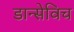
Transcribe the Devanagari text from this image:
डान्सेविच